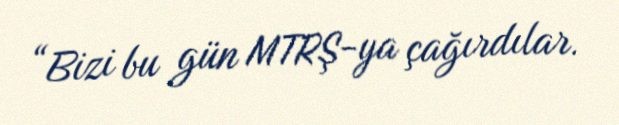
“Bizi bu gün MTRŞ-ya çağırdılar.